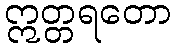
ဣတ္တရတော